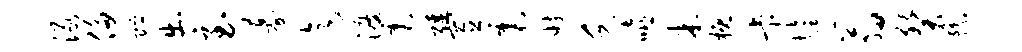
渌侈贮出至募迄渡震强置震妨乏嘻米概卡怡翁癸豫